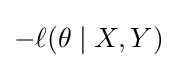
-\ell (\theta \mid X,Y)